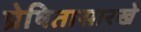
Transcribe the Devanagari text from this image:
प्रेषितासारखे